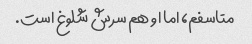
متاسفم، اما او هم سرش شلوغ است.